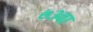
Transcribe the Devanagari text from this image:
७३वा